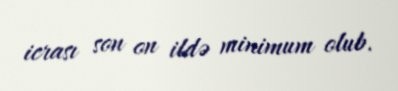
icrası son on ildə minimum olub.